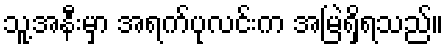
သူ့အနီးမှာ အရက်ပုလင်းက အမြဲရှိရသည်။